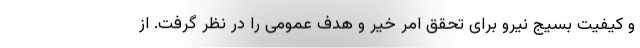
و کیفیت بسیج نیرو برای تحقق امر خیر و هدف عمومی را در نظر گرفت. از